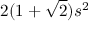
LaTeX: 2 ( 1 + { \sqrt { 2 } } ) s ^ { 2 } \,